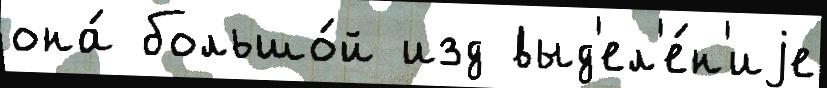
она́ большо́й изд выд'ел'е́н'иjе